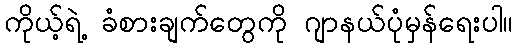
ကိုယ့်ရဲ့ ခံစားချက်တွေကို ဂျာနယ်ပုံမှန်ရေးပါ။